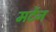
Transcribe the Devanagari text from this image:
मर्टेन